Annual report of the Imperial Bacteriologist
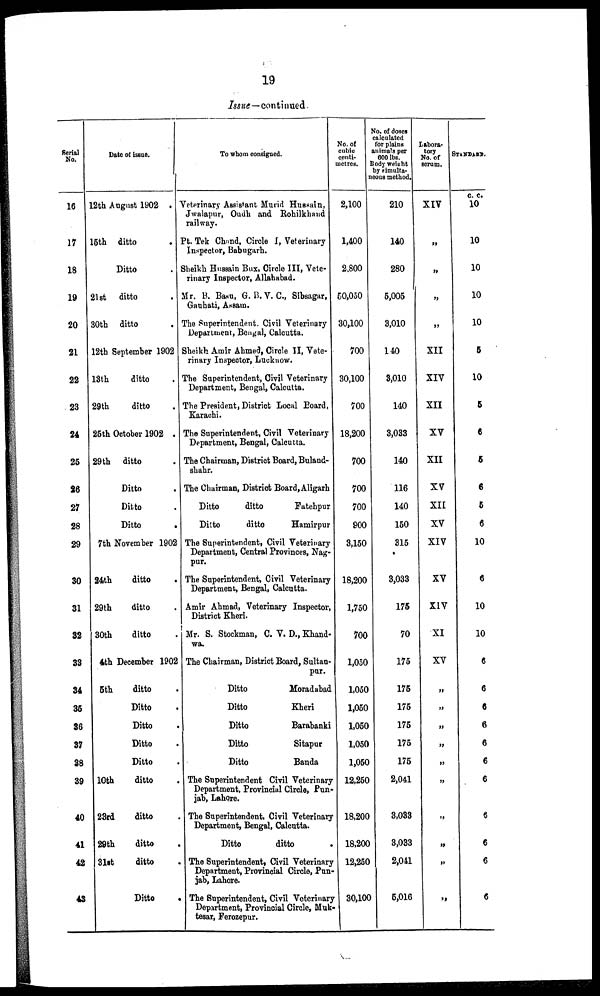
19
Issue—continued.
Serial
No.
16
17
18
19
20
21
22
23
24
25
26
27
28
29
30
31
32
33
34
35
36
37
38
39
40
41
42
43
Date of issue.
12th August 1902 .
15th ditto .
Ditto .
21st ditto .
30th ditto .
12th September 1902
13th
ditto .
29th
ditto .
25th October 1902 .
29th ditto .
Ditto .
Ditto .
Ditto .
7th November 1902
24th
ditto .
29th
ditto .
30th
ditto .
4th December 1902
5th
ditto .
Ditto .
Ditto .
Ditto .
Ditto .
10th
ditto .
23rd
ditto .
29th
ditto .
31st
ditto .
Ditto .
To whom consigned.
Veterinary Assistant Murid Hussain,
Jwalapur, Oudh and Rohilkhand
railway.
Pt. Tek Chand, Circle I, Veterinary
Inspector, Babugarh.
Sheikh Hussain Bux, Circle III, Vete¬
rinary Inspector, Allahabad.
Mr. B. Basu, G. B. V. C., Sibsagar,
Gauhati, Assam.
The Superintendent. Civil Veterinary
Department, Bengal, Calcutta.
Sheikh Amir Ahmed, Circle II, Vete-
rinary Inspector, Lucknow.
The Superintendent, Civil Veterinary
Department, Bengal, Calcutta.
The President, District Local Board,
Karachi.
The Superintendent, Civil Veterinary
Department, Bengal, Calcutta.
The Chairman, District Board, Buland¬
shahr.
The Chairman, District Board, Aligarh
Ditto
ditto
Fatehpur
Ditto
ditto
Hamirpur
The Superintendent, Civil Veterinary
Department, Central Provinces, Nag-
pur.
The Superintendent, Civil Veterinary
Department, Bengal, Calcutta.
Amir Ahmad, Veterinary Inspector,
District Kheri.
Mr. S. Stockman, C. V. D., Khand¬
wa.
The Chairman, District Board, Sultan-
pur.
Ditto
Moradabad
Ditto
Kheri
Ditto
Barabanki
Ditto
Sitapur
Ditto
Banda
The Superintendent Civil Veterinary
Department, Provincial Circle, Pun-
jab, Lahore.
The Superintendent, Civil Veterinary
Department, Bengal, Calcutta.
Ditto
ditto
.
The Superintendent, Civil Veterinary
Department, Provincial Circle, Pun-
jab, Lahore.
The Superintendent, Civil Veterinary
Department, Provincial Circle, Muk¬
tesar, Ferozepur.
No. of
cubic
centi-
metres.
2,100
1,400
2.800
50,050
30,100
700
30,100
700
18,200
700
700
700
900
3,150
18,200
1,750
700
1,050
1,050
1,050
1,050
1,050
1,050
12,250
18,200
18,200
12,250
30,100
No. of doses
calculated
for plains
animals per
600 lbs.
Body weieht
by simulta¬
neous method.
210
140
280
5,005
3,010
140
3,010
140
3,033
140
116
140
150
315
3,033
175
70
175
175
175
175
175
175
2,041
3,033
3,033
2,041
5,016
Labora¬
tory
No. of
serum.
XIV
„
„
„
„
XII
XIV
XII
XV
XII
XV
XII
XV
XIV
XV
XIV
XI
XV
„
„
„
„
„
„
„
„
„
„
STANDARD.
c. c.
10
10
10
10
10
5
10
5
6
6
6
5
6
10
6
10
10
6
6
6
6
6
6
6
6
6
6
6